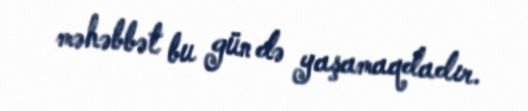
məhəbbət bu gün də yaşamaqdadır.